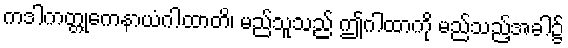
ကဒါကတ္တုကေနာယံဂါထာတိ၊ မည်သူသည် ဤဂါထာကို မည်သည့်အခါ၌